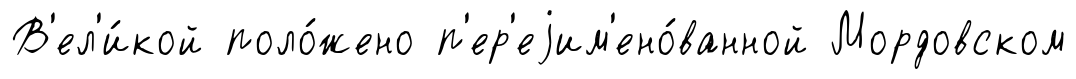
В'ел'и́кой поло́жено п'ер'еjим'ено́ванной Мордовском